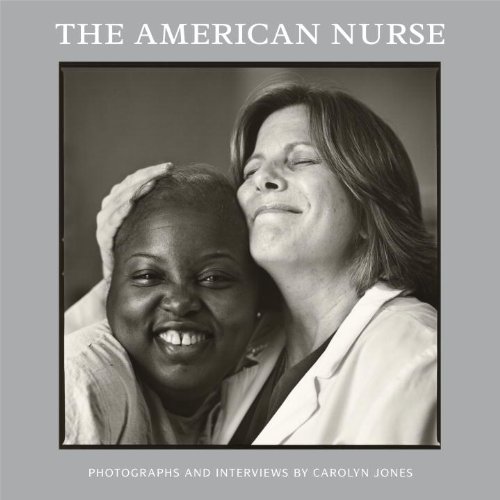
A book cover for The American Nurse; Carolyn Jones; Arts & Photography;